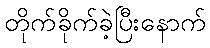
တိုက်ခိုက်ခဲ့ပြီးနောက်